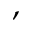
,